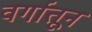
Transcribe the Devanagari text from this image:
वर्गातून